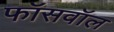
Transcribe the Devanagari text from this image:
फॉसवॉल